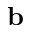
{ \mathbf b }